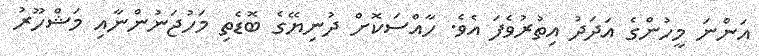
އަންނަ މީހުންގެ އަދަދު އިތުރުވެފަ އެވެ. ހާއްސަކޮށް ދުނިޔޭގެ ބޮޑެތި މަހުޖަނުންނާއި މަޝްހޫރު